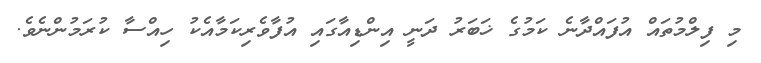
މި ފިލްމުތައް އުފައްދާނެ ކަމުގެ ޚަބަރު ދަނީ އިންޑިއާގައި އުފާވެރިކަމާއެކު ހިއްސާ ކުރަމުންނެވެ.